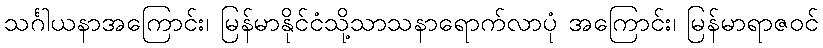
သင်္ဂါယနာအကြောင်း၊ မြန်မာနိုင်ငံသို့သာသနာရောက်လာပုံ အကြောင်း၊ မြန်မာရာဇဝင်